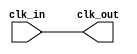
module BufferCell #(parameter DRIVE_STRENGTH=1)(
    input wire clk_in,
    output wire clk_out
);
    // Buffer implementation (simple inverter shown for example)
    assign clk_out = clk_in; // Replace with appropriate drive strength logic
endmodule